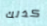
كذلك